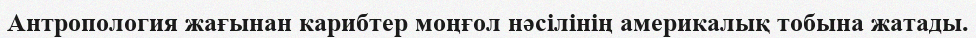
Антропология жағынан карибтер моңғол нәсілінің америкалық тобына жатады.